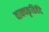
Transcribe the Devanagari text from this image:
वाक्यकृतिर्वेदे